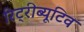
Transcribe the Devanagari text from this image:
रिट्रीब्यूटिव